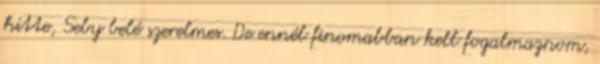
hitte, Seby belé szerelmes. De ennél finomabban kell fogalmaznom,